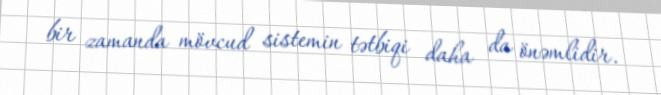
bir zamanda mövcud sistemin tətbiqi daha da önəmlidir.